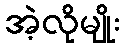
အဲ့လိုမျိုး